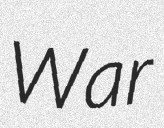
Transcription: War